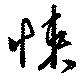
悚